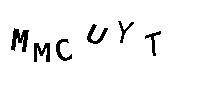
MMCUYT